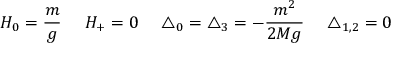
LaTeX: H _ { 0 } = \frac { m } { g } \ \ \ \ H _ { + } = 0 \ \ \ \ \triangle _ { 0 } = \triangle _ { 3 } = - \frac { m ^ { 2 } } { 2 M g } \ \ \ \ \triangle _ { 1 , 2 } = 0